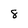
Character: 8